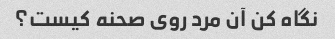
نگاه کن آن مرد روی صحنه کیست؟